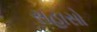
સહાસો